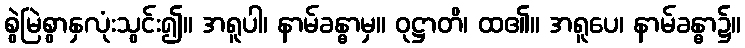
စွဲမြဲစွာနှလုံးသွင်း၍။ အရူပါ၊ နာမ်ခန္ဓာမှ။ ဝုဋ္ဌာတိ၊ ထ၏။ အရူပေ၊ နာမ်ခန္ဓာ၌။